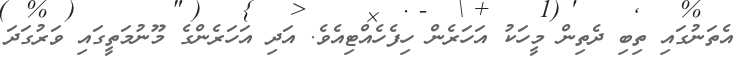
އެތަނުގައި ތިބި ދެތިން މީހަކު އަހަރެން ހިފެހެއްޓިއެވެ. އަދި އަހަރެންގެ މޫނުމަތީގައި ވަރުގަދަ